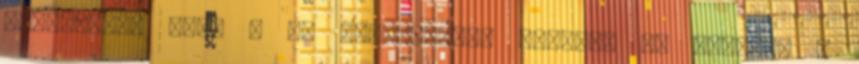
eldöntött, hogy a ČD megegyezett volna-e az ÖBB-vel a